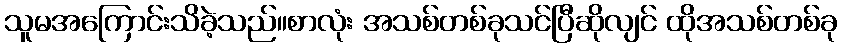
သူမအကြောင်းသိခဲ့သည်။စာလုံး အသစ်တစ်ခုသင်ပြီဆိုလျင် ထိုအသစ်တစ်ခု